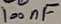
Text: 100nF